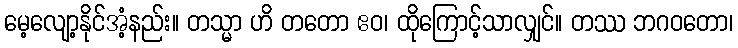
မေ့လျော့နိုင်အံ့နည်း။ တသ္မာ ဟိ တတော ဧဝ၊ ထိုကြောင့်သာလျှင်။ တဿ ဘဂဝတော၊